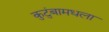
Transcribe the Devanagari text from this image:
कुटुंबामधला